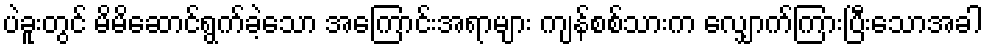
ပဲခူးတွင် မိမိဆောင်ရွက်ခဲ့သော အကြောင်းအရာများ ကျန်စစ်သားက လျှောက်ကြားပြီးသောအခါ